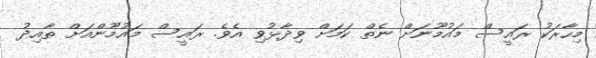
މިހާރަކު ރައީސް މައުމޫނަށް ނެތް ކަމަށް ވިދާޅުވި އެވެ. ރައީސް މައުމޫންއަށް ތާއިދު